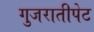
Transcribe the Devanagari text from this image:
गुजरातीपेट